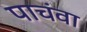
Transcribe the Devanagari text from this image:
पाचंवा